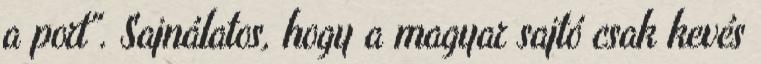
a port". Sajnálatos, hogy a magyar sajtó csak kevés